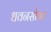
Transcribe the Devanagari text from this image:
धवनसोबत